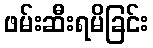
ဖမ်းဆီးရမိခြင်း